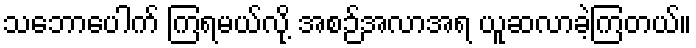
သဘောပေါက် ကြရမယ်လို့ အစဉ်အလာအရ ယူဆလာခဲ့ကြတယ်။